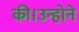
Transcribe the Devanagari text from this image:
की।उन्होने